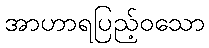
အာဟာရပြည့်ဝသော